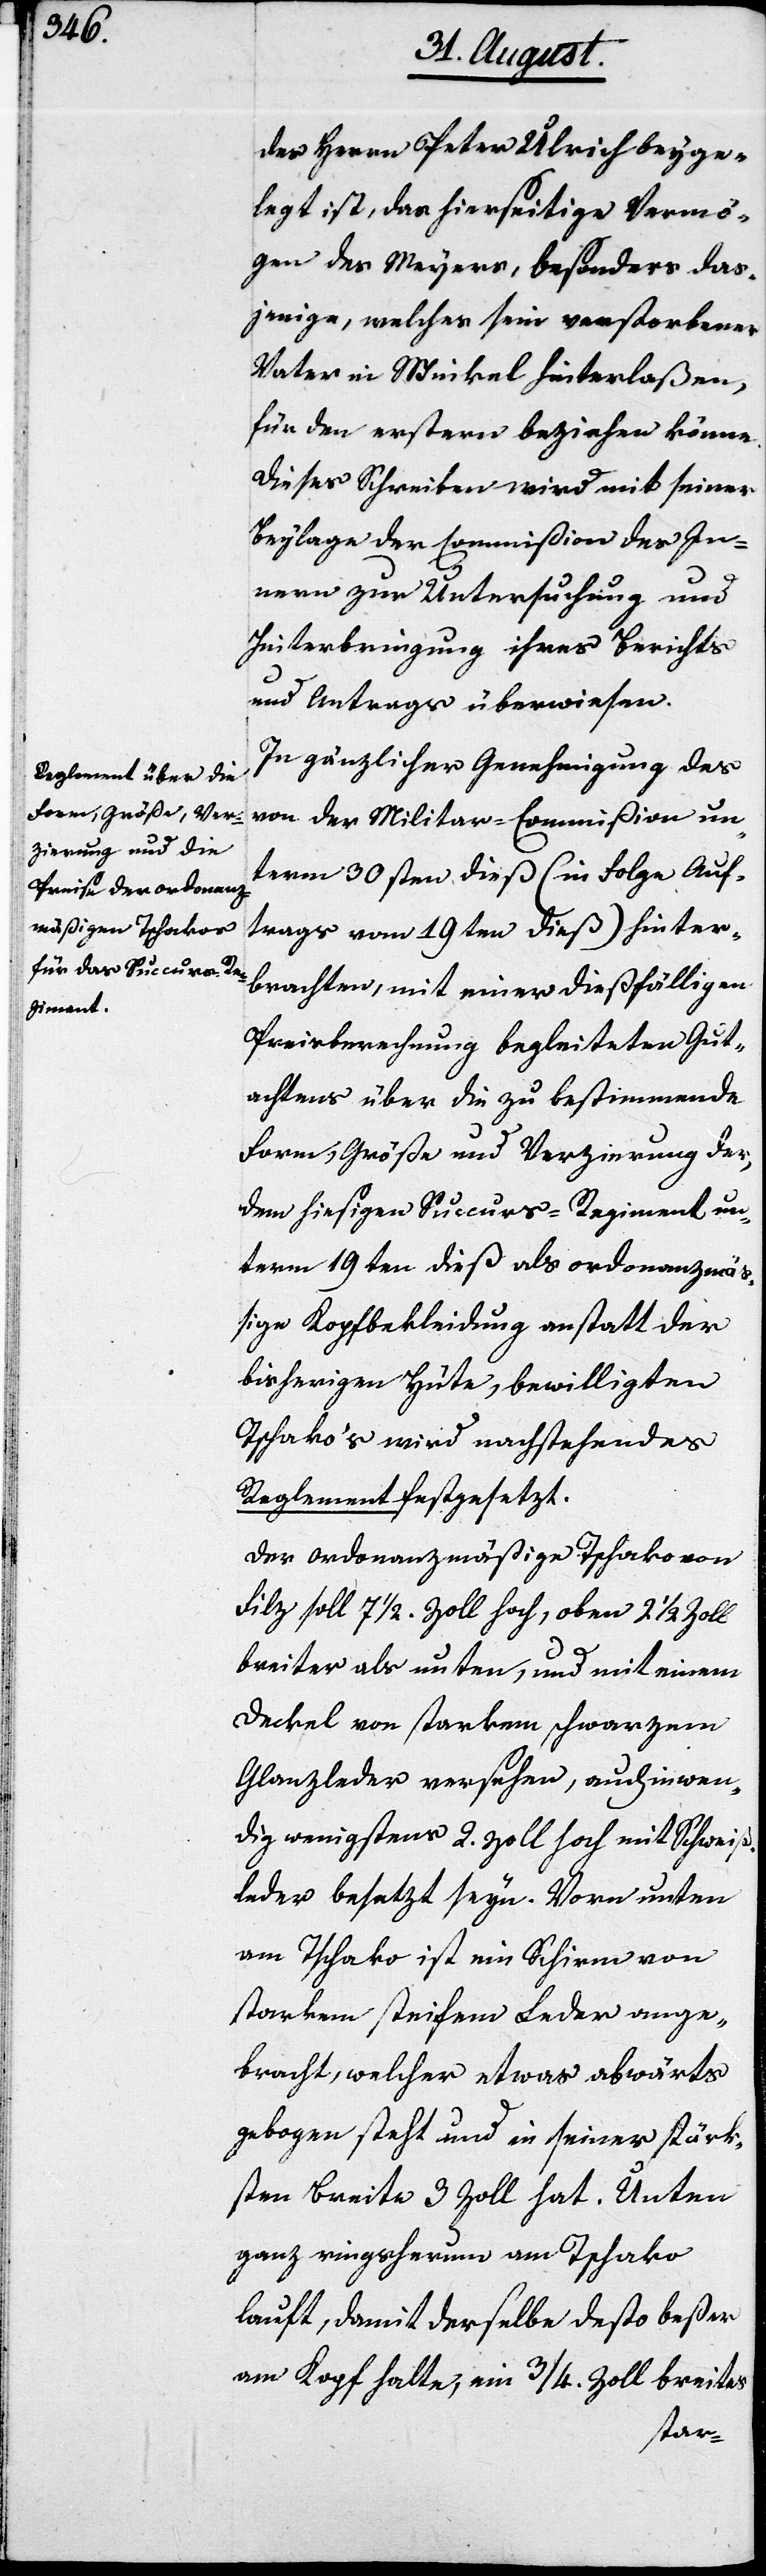
des Herrn Peter Ulrich beyge¬
legt ist, das hierseitige Vermö¬
gen des Meyer, besonders das¬
jenige, welches sein verstorbener
Vater in Winkel hinterlaßen,
für den erstern beziehen könne.
Dieses Schreiben wird mit seiner
Beylage der Commißion des In¬
nern zur Untersuchung und
Hinterbringung ihres Berichts
und Antrags überwiesen.
In gänzlicher Genehmigung des
von der Militar-Commißion un¬
term 30sten dieß (in Folge Auf¬
trags vom 19ten dieß) hinter¬
brachten, mit einer dießfälligen
Preisberechnung begleiteten Gut¬
achtens über die zu bestimmende
Form, Größe und Verzierung der,
dem hiesigen Succurs-Regiment un¬
term 19ten dieß als ordonanzmäß¬
ige Kopfbekleidung anstatt der
bisherigen Hüte, bewilligten
Tschakos wird nachstehendes
Reglement festgesetzt.
Der ordonanzmäßige Tschako von
Filz soll 7 ½. Zoll hoch, oben 2 ½ Zoll
breiter als unten, und mit einem
Deckel von starkem schwarzen
Glanzleder versehen, auch inwen¬
dig wenigstens 2. Zoll hoch mit Schweiß¬
leder besetzt seyn. Vorn unten
am Tschako ist ein Schirm von
starkem steifem Leder ange¬
bracht, welcher etwas abwärts
gebogen steht und in seiner stärk¬
sten Breite 3 Zoll hat. Unten
ganz ringsherum am Tschako
lauft, damit derselbe desto beßer
am Kopf halte, ein ¾. Zoll breites